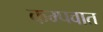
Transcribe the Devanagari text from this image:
कम्पवात